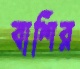
বাশির